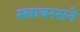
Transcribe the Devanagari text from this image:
स्लायरसने